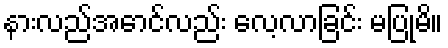
နားလည်အောင်လည်း လေ့လာခြင်း မပြုမိ။